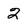
Character: 2